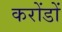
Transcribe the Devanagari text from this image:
करोंडों